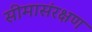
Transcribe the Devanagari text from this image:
सीमासंरक्षण